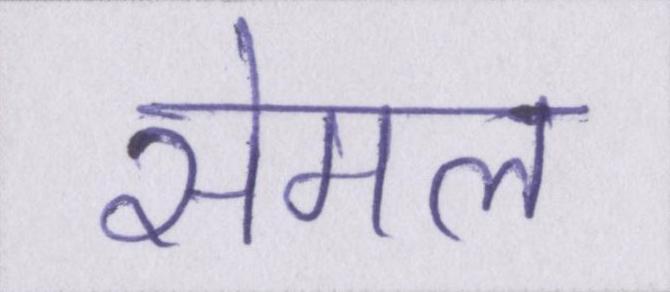
सेमल